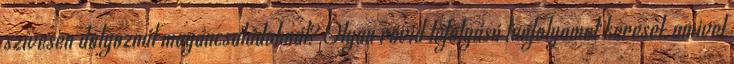
szívesen dolgoznál magáncsaládoknál? Olyan rövid lefolyású tanfolyamot keresel, amivel